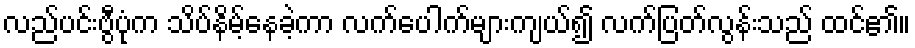
လည်ပင်းဗွီပုံက သိပ်နိမ့်နေခဲ့ကာ လက်ပေါက်များကျယ်၍ လက်ပြတ်လွန်းသည် ထင်၏။